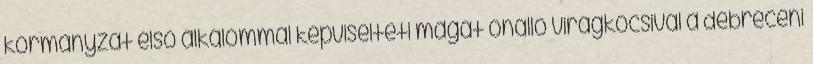
kormányzat első alkalommal képviselteti magát önálló virágkocsival a debreceni